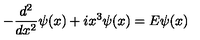
- \frac { d ^ { 2 } } { d x ^ { 2 } } \psi ( x ) + i x ^ { 3 } \psi ( x ) = E \psi ( x )